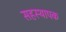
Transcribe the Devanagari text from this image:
सहस्थापक